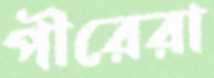
পীরেরা